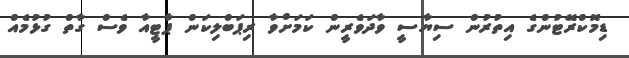
ޑިމޮކްރޭޓުންގެ އިތުރުން ސިޔާސީ ވާދަވެރީން ކަމަށްވާ ރިޕަބްލިކަން ޕާޓީއާ ވެސް ގާތް ގުޅުމެއް